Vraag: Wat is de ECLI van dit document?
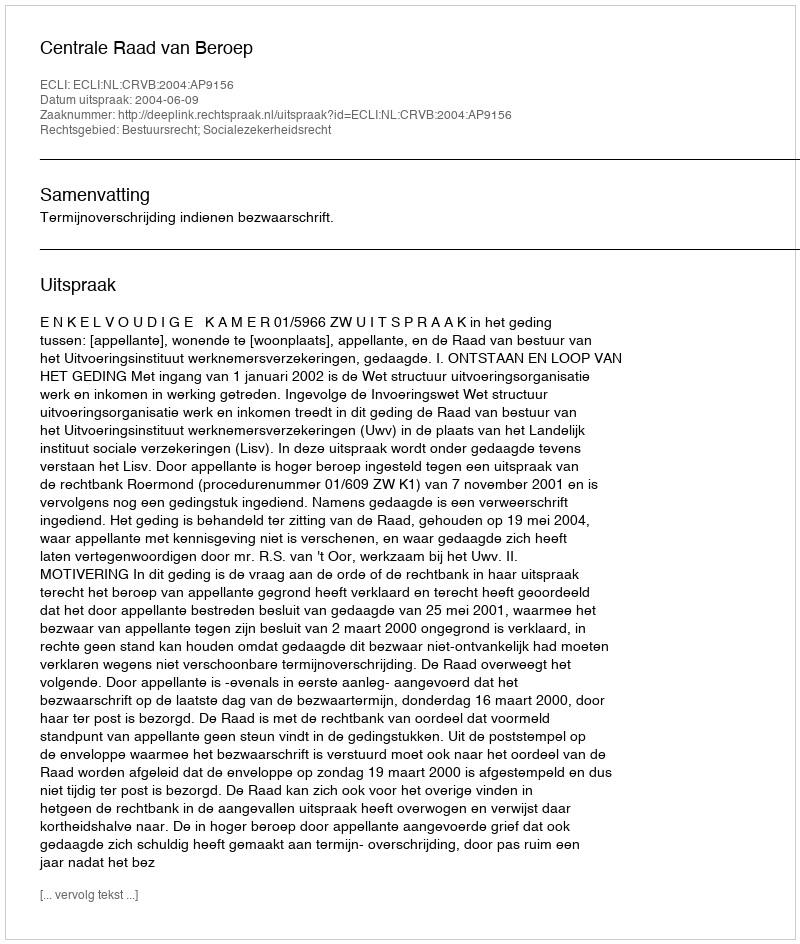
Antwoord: ECLI:NL:CRVB:2004:AP9156